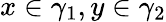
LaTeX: x\in\gamma_{1},y\in\gamma_{2}